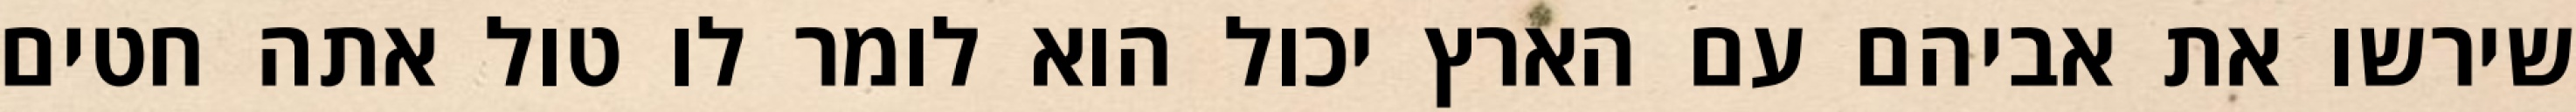
שירשו את אביהם עם הארץ יכול הוא לומר לו טול אתה חטים